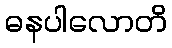
ဓနပါလောတိ